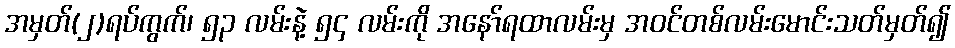
အမှတ်(၂)ရပ်ကွက်၊ ၅၃ လမ်းနဲ့ ၅၄ လမ်းကို အနော်ရထာလမ်းမှ အဝင်တစ်လမ်းမောင်းသတ်မှတ်၍